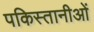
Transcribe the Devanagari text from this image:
पकिस्तानीओं